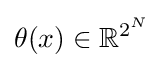
\theta (x)\in \mathbb {R} ^{2^{N}}